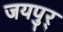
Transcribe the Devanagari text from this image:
जयपुर्